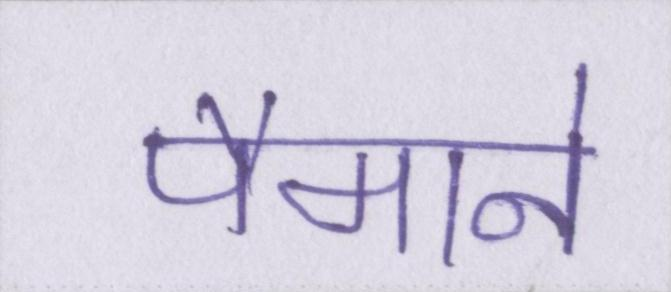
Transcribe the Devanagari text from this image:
पैमाने